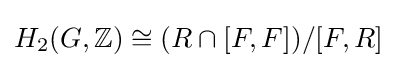
H_{2}(G,\mathbb {Z} )\cong (R\cap [F,F])/[F,R]